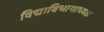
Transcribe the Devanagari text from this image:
विद्याविभागाध्यक्ष